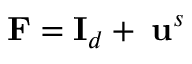
\mathbf { F } = \mathbf { I } _ { d } + \mathbf { \nabla } \mathbf { u } ^ { s }